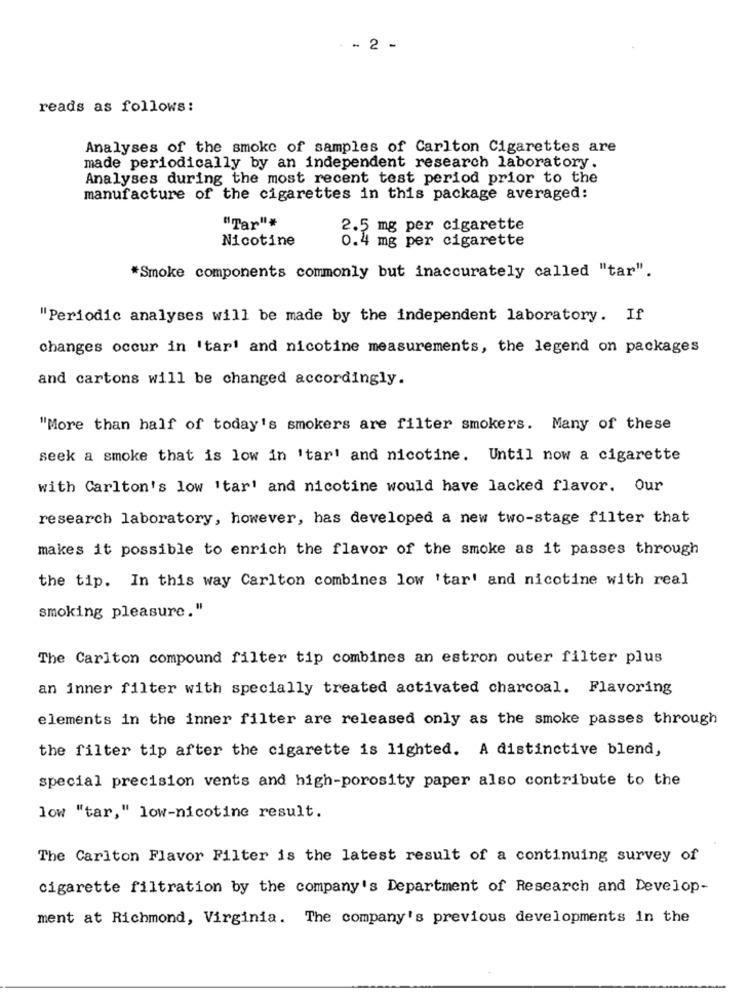
- 2 -
reads as follows:
Analyses of the smoke of samples of Carlton Cigarettes are
made periodically by an independent research laboratory.
Analyses during the most recent test period prior to the
manufacture of the cigarettes in this package averaged:
"Tar"#
2.5 mg per cigarette
Nicotine
0.4 mg per cigarette
"Smoke components commonly but inaccurately called "tar".
"Periodic analyses will be made by the independent laboratory. If
changes occur in 'tar' and nicotine measurements, the legend on packages
and cartons will be changed accordingly.
"More than half of today's smokers are filter smokers. Many of these
seek a smoke that is low in 'tar' and nicotine. Until now a cigarette
with Carlton's low 'tar' and nicotine would have lacked flavor. Our
research laboratory, however, has developed a new two-stage filter that
makes it possible to enrich the flavor of the smoke as it passes through
the tip. In this way Carlton combines low 'tar' and nicotine with real
smoking pleasure."
The Carlton compound filter tip combines an estron outer filter plus
an inner filter with specially treated activated charcoal. Flavoring
elements in the inner filter are released only as the smoke passes through
the filter tip after the cigarette is lighted. A distinctive blend,
special precision vents and high-porosity paper also contribute to the
low "tar," low-nicotine result.
The Carlton Flavor Filter is the latest result of a continuing survey of
cigarette filtration by the company's Department of Research and Develop-
ment at Richmond, Virginia. The company's previous developments in the